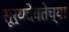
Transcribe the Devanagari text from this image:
सूर्यदेवतेच्या